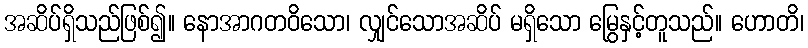
အဆိပ်ရှိသည်ဖြစ်၍။ နောအာဂတဝိသော၊ လျှင်သောအဆိပ် မရှိသော မြွေနှင့်တူသည်။ ဟောတိ၊